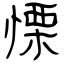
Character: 慄